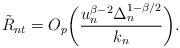
LaTeX: \begin{align*}\tilde{R}_{nt}=O_p\biggl(\frac{u_n^{\beta-2}\Delta_n^{1-\beta/2}}{k_n}\biggr).\end{align*}